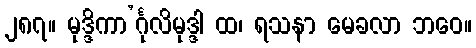
၂၈၇။ မုဒ္ဒိကာ’င်္ဂုလိမုဒ္ဒါ ထ၊ ရသနာ မေခလာ ဘဝေ။